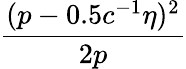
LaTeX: \frac{(p-0.5c^{-1}\eta)^{2}}{2p}